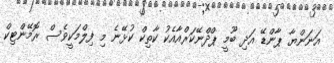
އަނަންޔާ ޕާންޑޭ އަދި ބޫމީ ޕްދްނޭކަރްއާއެކު ކާތިކް ކުޅޭނެ މި ފިލްމަކީވެސް ރޮމޭންޓިކް